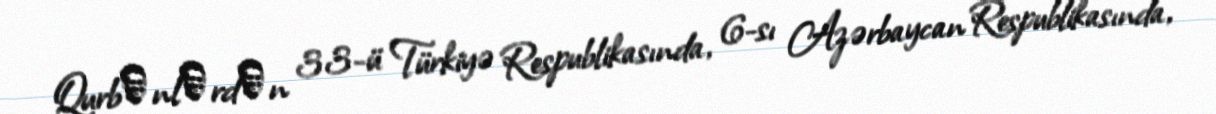
Qurbаnlаrdаn 33-ü Türkiyə Respublikasında, 6-sı Azərbaycan Respublikasında,